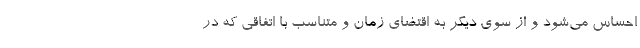
احساس می‌شود و از سوی دیگر به اقتضای زمان و متناسب با اتفاقی که در